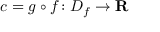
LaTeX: c = g \circ f \colon D _ { f } \rightarrow \mathbf { R }